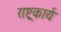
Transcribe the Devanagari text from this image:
राष्ट्रकार्य